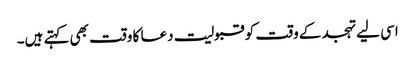
اسی لیے تہجد کے وقت کو قبولیت دعا کا وقت بھی کہتے ہیں۔